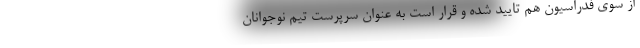
از سوی فدراسیون هم تایید شده و قرار است به عنوان سرپرست تیم نوجوانان